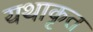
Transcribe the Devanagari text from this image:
यथाकृत